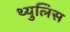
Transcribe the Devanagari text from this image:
थ्युलिस